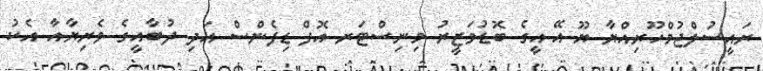
ރައީސުލްޖުމްހޫރިއްޔާ ޔޫ.އޭ.އީގެ ބޮޑުވަޒީރު މިނިސްޓަރ އޮފް ޑިފެންސް އަދި ދުބާއީގެ ވެރިޔާއާ އެކު